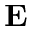
\mathbf { E }